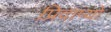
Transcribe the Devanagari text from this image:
प्रिदाप्यो